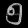
Digit: ၅